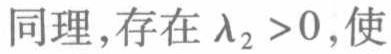
同理,存在\(\lambda_{2} > 0\),使